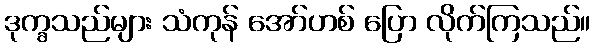
ဒုက္ခသည်များ သံကုန် အော်ဟစ် ပြော လိုက်ကြသည်။